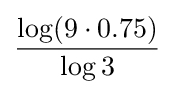
{\frac {\log(9\cdot 0.75)}{\log 3}}